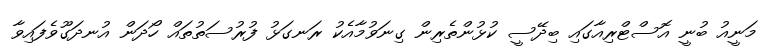
މަނީއު ބުނީ އޮސްޓްރިއާގައި ބިދޭސީ ކުޅުންތެރިން ގިނަވުމާއެކު ރަނގަޅު ފުރުސަތުތައް ހޯދަން އުނދަގޫވެފައިވާ